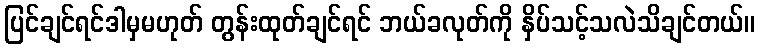
ပြင်ချင်ရင်ဒါမှမဟုတ် တွန်းထုတ်ချင်ရင် ဘယ်ခလုတ်ကို နှိပ်သင့်သလဲသိချင်တယ်။